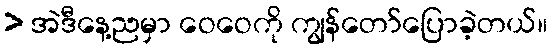
> အဲဒီနေ့ညမှာ ဝေဝေကို ကျွန်တော်ပြောခဲ့တယ်။